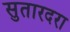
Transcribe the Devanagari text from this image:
सुतारदरा